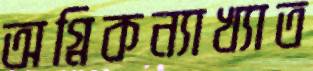
অগ্নিকন্যাখ্যাত